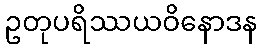
ဥတုပရိဿယဝိနောဒန